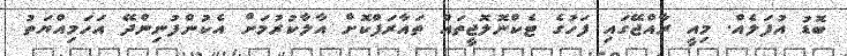
ބޮޑު އުފަލެއް. މިއީ ރާއްޖޭގައި ފަހުގެ ޓެކްނޮލޮޖީތައް ތައާރަފްކޮށް އާލާކުރުމަށް އެކުންފުނިންދޭ އަހަމިއްޔަތު